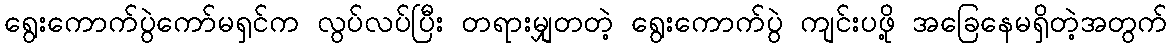
ရွေးကောက်ပွဲကော်မရှင်က လွပ်လပ်ပြီး တရားမျှတတဲ့ ရွေးကောက်ပွဲ ကျင်းပဖို့ အခြေနေမရှိတဲ့အတွက်